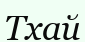
Тхай